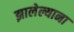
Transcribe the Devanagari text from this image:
झालेल्याना